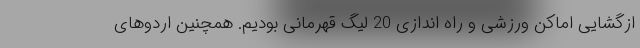
ازگشایی اماکن ورزشی و راه اندازی 20 لیگ قهرمانی بودیم. همچنین اردوهای